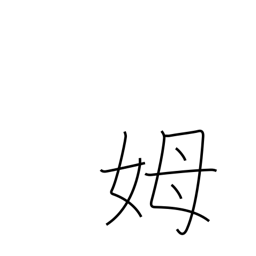
Meaning: wet nurse